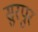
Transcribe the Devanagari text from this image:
सुरपुर